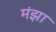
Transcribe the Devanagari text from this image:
मंझा